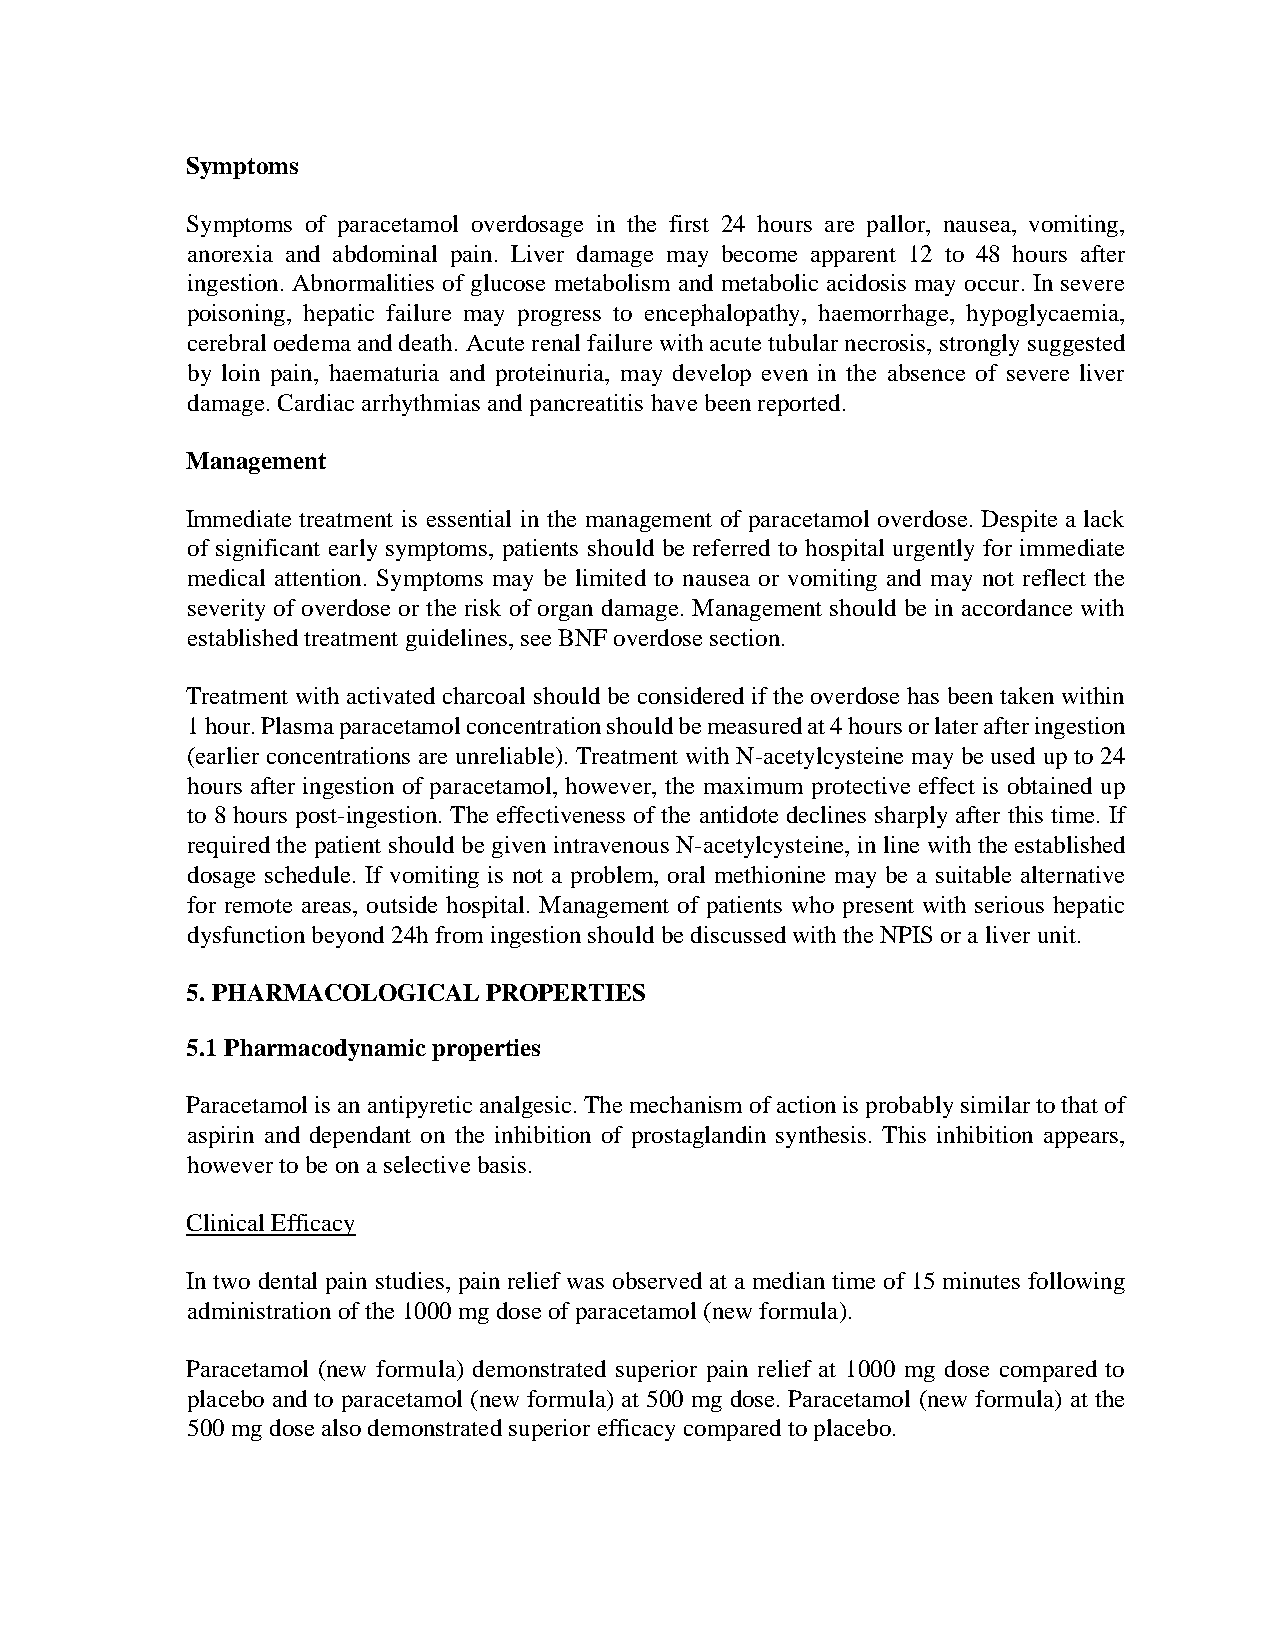
Symptoms
 Symptoms of paracetamol overdosage in the first 24 hours are pallor, nausea, vomiting,
 anorexia and abdominal pain. Liver damage may become apparent 12 to 48 hours after
 ingestion. Abnormalities of glucose metabolism and metabolic acidosis may occur. In severe
 poisoning, hepatic failure may progress to encephalopathy, haemorrhage, hypoglycaemia,
 cerebral oedema and death. Acute renal failure with acute tubular necrosis, strongly suggested
 by loin pain, haematuria and proteinuria, may develop even in the absence of severe liver
 damage. Cardiac arrhythmias and pancreatitis have been reported.
 Management
 Immediate treatment is essential in the management of paracetamol overdose. Despite a lack
 of significant early symptoms, patients should be referred to hospital urgently for immediate
 medical attention. Symptoms may be limited to nausea or vomiting and may not reflect the
 severity of overdose or the risk of organ damage. Management should be in accordance with
 established treatment guidelines, see BNF overdose section.
 Treatment with activated charcoal should be considered if the overdose has been taken within
 1 hour. Plasma paracetamol concentration should be measured at 4 hours or later after ingestion
 (earlier concentrations are unreliable). Treatment with N-acetylcysteine may be used up to 24
 hours after ingestion of paracetamol, however, the maximum protective effect is obtained up
 to 8 hours post-ingestion. The effectiveness of the antidote declines sharply after this time. If
 required the patient should be given intravenous N-acetylcysteine, in line with the established
 dosage schedule. If vomiting is not a problem, oral methionine may be a suitable alternative
 for remote areas, outside hospital. Management of patients who present with serious hepatic
 dysfunction beyond 24h from ingestion should be discussed with the NPIS or a liver unit.
 5. PHARMACOLOGICAL  PROPERTIES
 5.1 Pharmacodynamic properties
 Paracetamol is an antipyretic analgesic. The mechanism of action is probably similar to that of
 aspirin and dependant on the inhibition of prostaglandin synthesis. This inhibition appears,
 however to be on a selective basis.
 Clinical Efficacy
 In two dental pain studies, pain relief was observed at a median time of 15 minutes following
 administration of the 1000 mg dose of paracetamol (new formula).
 Paracetamol (new formula) demonstrated superior pain relief at 1000 mg dose compared to
 placebo and to paracetamol (new formula) at 500 mg dose. Paracetamol (new formula) at the
 500 mg dose also demonstrated superior efficacy compared to placebo.